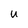
Character: u